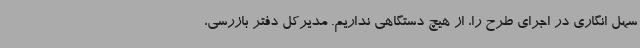
سهل انگاری در اجرای طرح را، از هیچ دستگاهی نداریم. مدیرکل دفتر بازرسی،